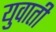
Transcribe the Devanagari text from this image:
युवाती